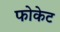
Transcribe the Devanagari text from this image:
फोकेट